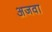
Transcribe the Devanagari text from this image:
अजवा